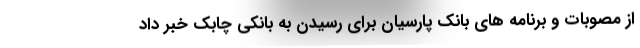
از مصوبات و برنامه های بانک پارسیان برای رسیدن به بانکی چابک خبر داد